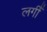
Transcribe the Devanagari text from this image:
लगीँ